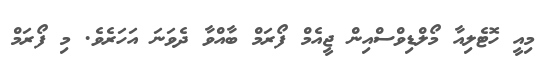
މިއީ ހޮޓެލިއާ މޯލްޑިވްސްއިން ޖީއެމް ފޯރަމް ބާއްވާ ދެވަނަ އަހަރެވެ. މި ފޯރަމް